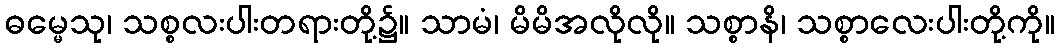
ဓမ္မေသု၊ သစ္စလးပါးတရားတို့၌။ သာမံ၊ မိမိအလိုလို။ သစ္စာနိ၊ သစ္စာလေးပါးတို့ကို။